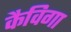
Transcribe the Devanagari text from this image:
कैविगा